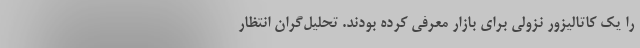
را یک کاتالیزور نزولی برای بازار معرفی کرده بودند. تحلیل‌گران انتظار